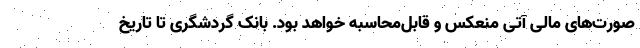
صورت‌های مالی آتی منعکس و قابل‌محاسبه خواهد بود. بانک گردشگری تا تاریخ